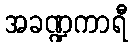
အခဏ္ဍကာရီ